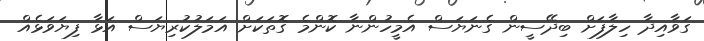
ގަވާއިދާ ހިލާފަށް ބިދޭސީން ގެނަޔަސް އެމީހުންނާ ކޮންމެ ގޮތަކަށް އަމަލުކުރިޔަސް އަޅާ ފިޔަވަޅެއް